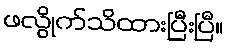
ဖလွိုက်သိထားပြီးပြီ။